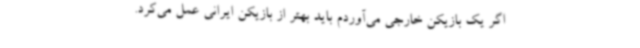
اگر یک بازیکن خارجی می‌آوردم باید بهتر از بازیکن ایرانی عمل می‌کرد.